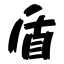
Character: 盾